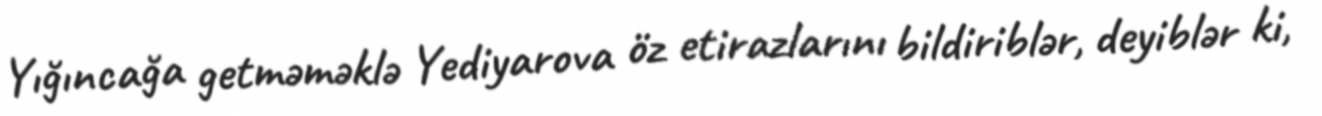
Yığıncağa getməməklə Yediyarova öz etirazlarını bildiriblər, deyiblər ki,